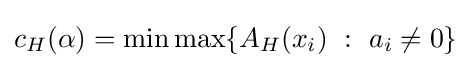
c_{H}(\alpha )=\min \max\{A_{H}(x_{i})\ :\ a_{i}\neq 0\}